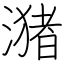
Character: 潴